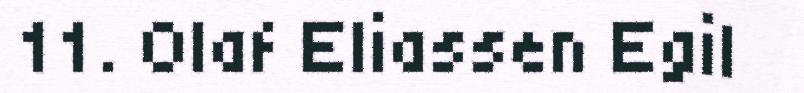
11. Olaf Eliassen Egil